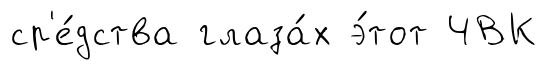
ср'е́дства глаза́х э́тот ЧВК